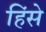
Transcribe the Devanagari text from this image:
हिंसे